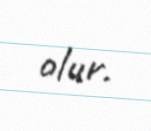
olur.